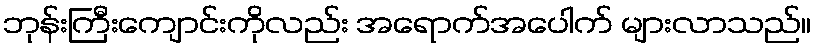
ဘုန်းကြီးကျောင်းကိုလည်း အရောက်အပေါက် များလာသည်။